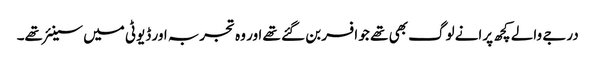
درجے والے کچھ پرانے لوگ بھی تھے جو افسر بن گئے تھے اور وہ تجربہ اور ڈیوٹی میں سینئر تھے۔